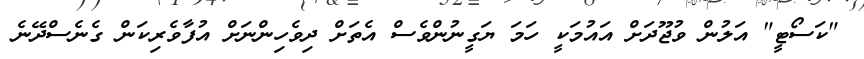
"ކަސޯޓީ" އަލުން ވުޖޫދަށް އައުމަކީ ހަމަ ޔަގީނުންވެސް އެތަށް ދިވެހިންނަށް އުފާވެރިކަން ގެނެސްދޭނެ